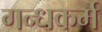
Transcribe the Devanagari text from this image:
गन्धकर्म